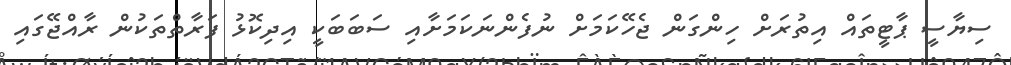
ސިޔާސީ ޕާޓީތައް އިތުރަށް ހިންގަން ޖެހޭކަމަށް ނުފެންނަކަމަށާއި ސަބަބަކީ އިދިކޮޅު ފަރާތްތަކުން ރާއްޖޭގައި